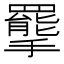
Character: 𢸇